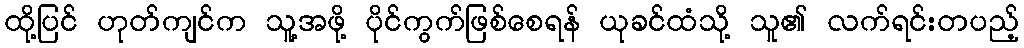
ထို့ပြင် ဟုတ်ကျင်က သူ့အဖို့ ပိုင်ကွက်ဖြစ်စေရန် ယုခင်ထံသို့ သူ၏ လက်ရင်းတပည့်